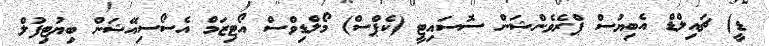
ޑީ) ޗައިލްޑް އެބިޔުސް ޕްރެވެންޝަން ސޮސައިޓީ (ކެޕްސް) މޯލްޑިވްސް އޯޓިޒަމް އެސޯސިއޭޝަން ބިޔުޓިފުލް